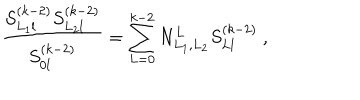
\frac { S _ { L _ { 1 } l } ^ { ( k - 2 ) } S _ { L _ { 2 } l } ^ { ( k - 2 ) } } { S _ { 0 l } ^ { ( k - 2 ) } } = \sum _ { L = 0 } ^ { k - 2 } N _ { L _ { 1 } , L _ { 2 } } ^ { L } S _ { L l } ^ { ( k - 2 ) } ~ ,